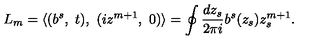
L _ { m } = \langle ( b ^ { s } , \ t ) , \ ( i z ^ { m + 1 } , \ 0 ) \rangle = \oint \frac { d z _ { s } } { 2 \pi i } b ^ { s } ( z _ { s } ) z _ { s } ^ { m + 1 } .